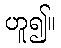
ဟူ၍။